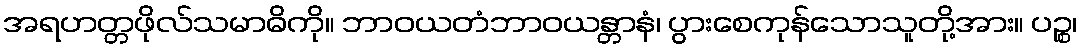
အရဟတ္တဖိုလ်သမာဓိကို။ ဘာဝယတံဘာဝယန္တာနံ၊ ပွားစေကုန်သောသူတို့အား။ ပဉ္စ၊